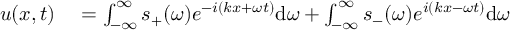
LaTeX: \begin{array} { r l } { u ( x , t ) } & { { } = \int _ { - \infty } ^ { \infty } s _ { + } ( \omega ) e ^ { - i ( k x + \omega t ) } \mathrm { d } \omega + \int _ { - \infty } ^ { \infty } s _ { - } ( \omega ) e ^ { i ( k x - \omega t ) } \mathrm { d } \omega } \end{array}